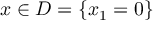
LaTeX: x \in D = \{ x _ { 1 } = 0 \}